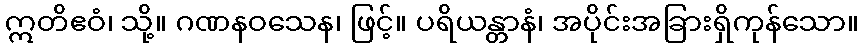
ဣတိဧဝံ၊ သို့။ ဂဏနဝသေန၊ ဖြင့်။ ပရိယန္တာနံ၊ အပိုင်းအခြားရှိကုန်သော။